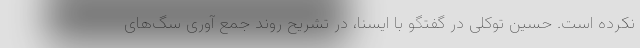
نکرده است. حسین توکلی در گفتگو با ایسنا، در تشریح روند جمع آوری سگ‌های